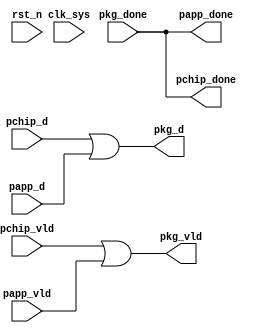
//pkg_mux.v

module pkg_mux(
//pkg data
pkg_d,
pkg_vld,
pkg_done,
//pchip data
pchip_d,
pchip_vld,
pchip_done,
//papp data
papp_d,
papp_vld,
papp_done,
//clk rst
clk_sys,
rst_n
);
//pkg data
output [15:0]	pkg_d;
output				pkg_vld;
input					pkg_done;
//pchip data
input [15:0]pchip_d;
input				pchip_vld;
output			pchip_done;
//papp data
input [15:0]papp_d;
input				papp_vld;
output			papp_done;
//clk rst
input clk_sys;
input rst_n;
//-----------------------------
//-----------------------------

//pkg data
wire [15:0]	pkg_d;
wire				pkg_vld;
assign pkg_d = pchip_d | papp_d;
assign pkg_vld = pchip_vld | papp_vld;


wire pchip_done = pkg_done;
wire papp_done  = pkg_done;


endmodule